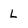
Character: L